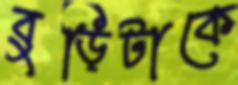
বুড়িটাকে